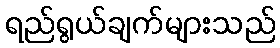
ရည်ရွယ်ချက်များသည်